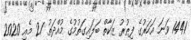
1441 ވަނަ އަހަރުގެ ފިޠުރު ޒަކާތް ބަލައިގަތުމުގެ މުއްދަތު 21 މެއި 2020